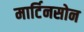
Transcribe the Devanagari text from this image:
मार्टिनसोन